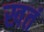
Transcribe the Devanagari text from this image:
खतं